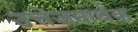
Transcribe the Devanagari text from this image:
उत्तेजनार्थक